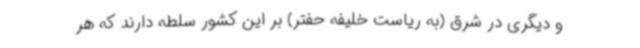
و دیگری در شرق (به ریاست خلیفه حفتر) بر این کشور سلطه دارند که هر